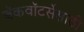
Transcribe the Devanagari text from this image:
बॅकवॉटर्सेसाठी